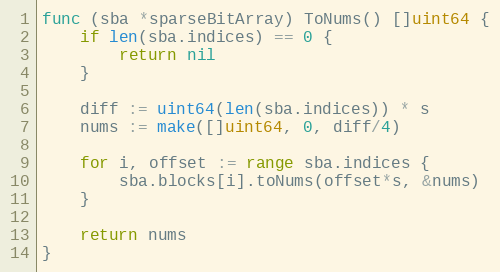
Language: Go
func (sba *sparseBitArray) ToNums() []uint64 {
	if len(sba.indices) == 0 {
		return nil
	}

	diff := uint64(len(sba.indices)) * s
	nums := make([]uint64, 0, diff/4)

	for i, offset := range sba.indices {
		sba.blocks[i].toNums(offset*s, &nums)
	}

	return nums
}